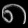
Digit: ၈